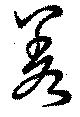
差